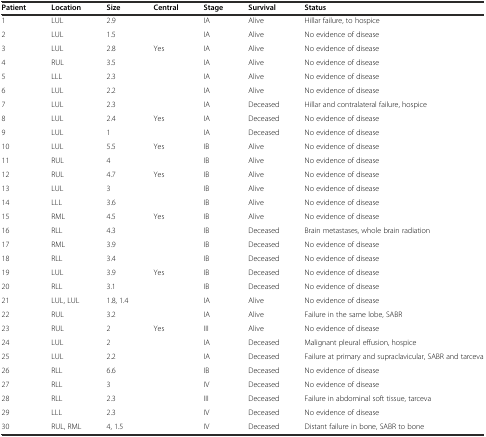
| Patient | Location | Size | Central | Stage | Survival | Status |
 | --- | --- | --- | --- | --- | --- | --- |
 | 1 | LUL | 2.9 |  | IA | Alive | Hillar failure, to hospice |
 | 2 | LUL | 1.5 |  | IA | Alive | No evidence of disease |
 | 3 | LUL | 2.8 | Yes | IA | Alive | No evidence of disease |
 | 4 | RUL | 3.5 |  | IA | Alive | No evidence of disease |
 | 5 | LLL | 2.3 |  | IA | Alive | No evidence of disease |
 | 6 | LUL | 2.2 |  | IA | Alive | No evidence of disease |
 | 7 | LUL | 2.3 |  | IA | Deceased | Hillar and contralateral failure, hospice |
 | 8 | LUL | 2.4 | Yes | IA | Deceased | No evidence of disease |
 | 9 | LUL | 1 |  | IA | Deceased | No evidence of disease |
 | 10 | LUL | 5.5 | Yes | IB | Alive | No evidence of disease |
 | 11 | RUL | 4 |  | IB | Alive | No evidence of disease |
 | 12 | RUL | 4.7 | Yes | IB | Alive | No evidence of disease |
 | 13 | LUL | 3 |  | IB | Alive | No evidence of disease |
 | 14 | LLL | 3.6 |  | IB | Alive | No evidence of disease |
 | 15 | RML | 4.5 | Yes | IB | Alive | No evidence of disease |
 | 16 | RLL | 4.3 |  | IB | Deceased | Brain metastases, whole brain radiation |
 | 17 | RML | 3.9 |  | IB | Deceased | No evidence of disease |
 | 18 | RLL | 3.4 |  | IB | Deceased | No evidence of disease |
 | 19 | LUL | 3.9 | Yes | IB | Deceased | No evidence of disease |
 | 20 | RLL | 3.1 |  | IB | Deceased | No evidence of disease |
 | 21 | LUL, LUL | 1.8, 1.4 |  | IA | Alive | No evidence of disease |
 | 22 | RUL | 3.2 |  | IA | Alive | Failure in the same lobe, SABR |
 | 23 | RUL | 2 | Yes | III | Alive | No evidence of disease |
 | 24 | LUL | 2 |  | IA | Deceased | Malignant pleural effusion, hospice |
 | 25 | LUL | 2.2 |  | IA | Deceased | Failure at primary and supraclavicular, SABR and tarceva |
 | 26 | RLL | 6.6 |  | IB | Deceased | No evidence of disease |
 | 27 | RLL | 3 |  | IV | Deceased | No evidence of disease |
 | 28 | RLL | 2.3 |  | III | Deceased | Failure in abdominal soft tissue, tarceva |
 | 29 | LLL | 2.3 |  | IV | Deceased | No evidence of disease |
 | 30 | RUL, RML | 4, 1.5 |  | IV | Deceased | Distant failure in bone, SABR to bone |